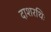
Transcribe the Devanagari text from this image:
दाशरथिः